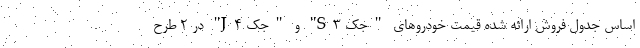
اساس جدول فروش ارائه شده قیمت خودروهای "جک S3" و "جک J4" در 2 طرح